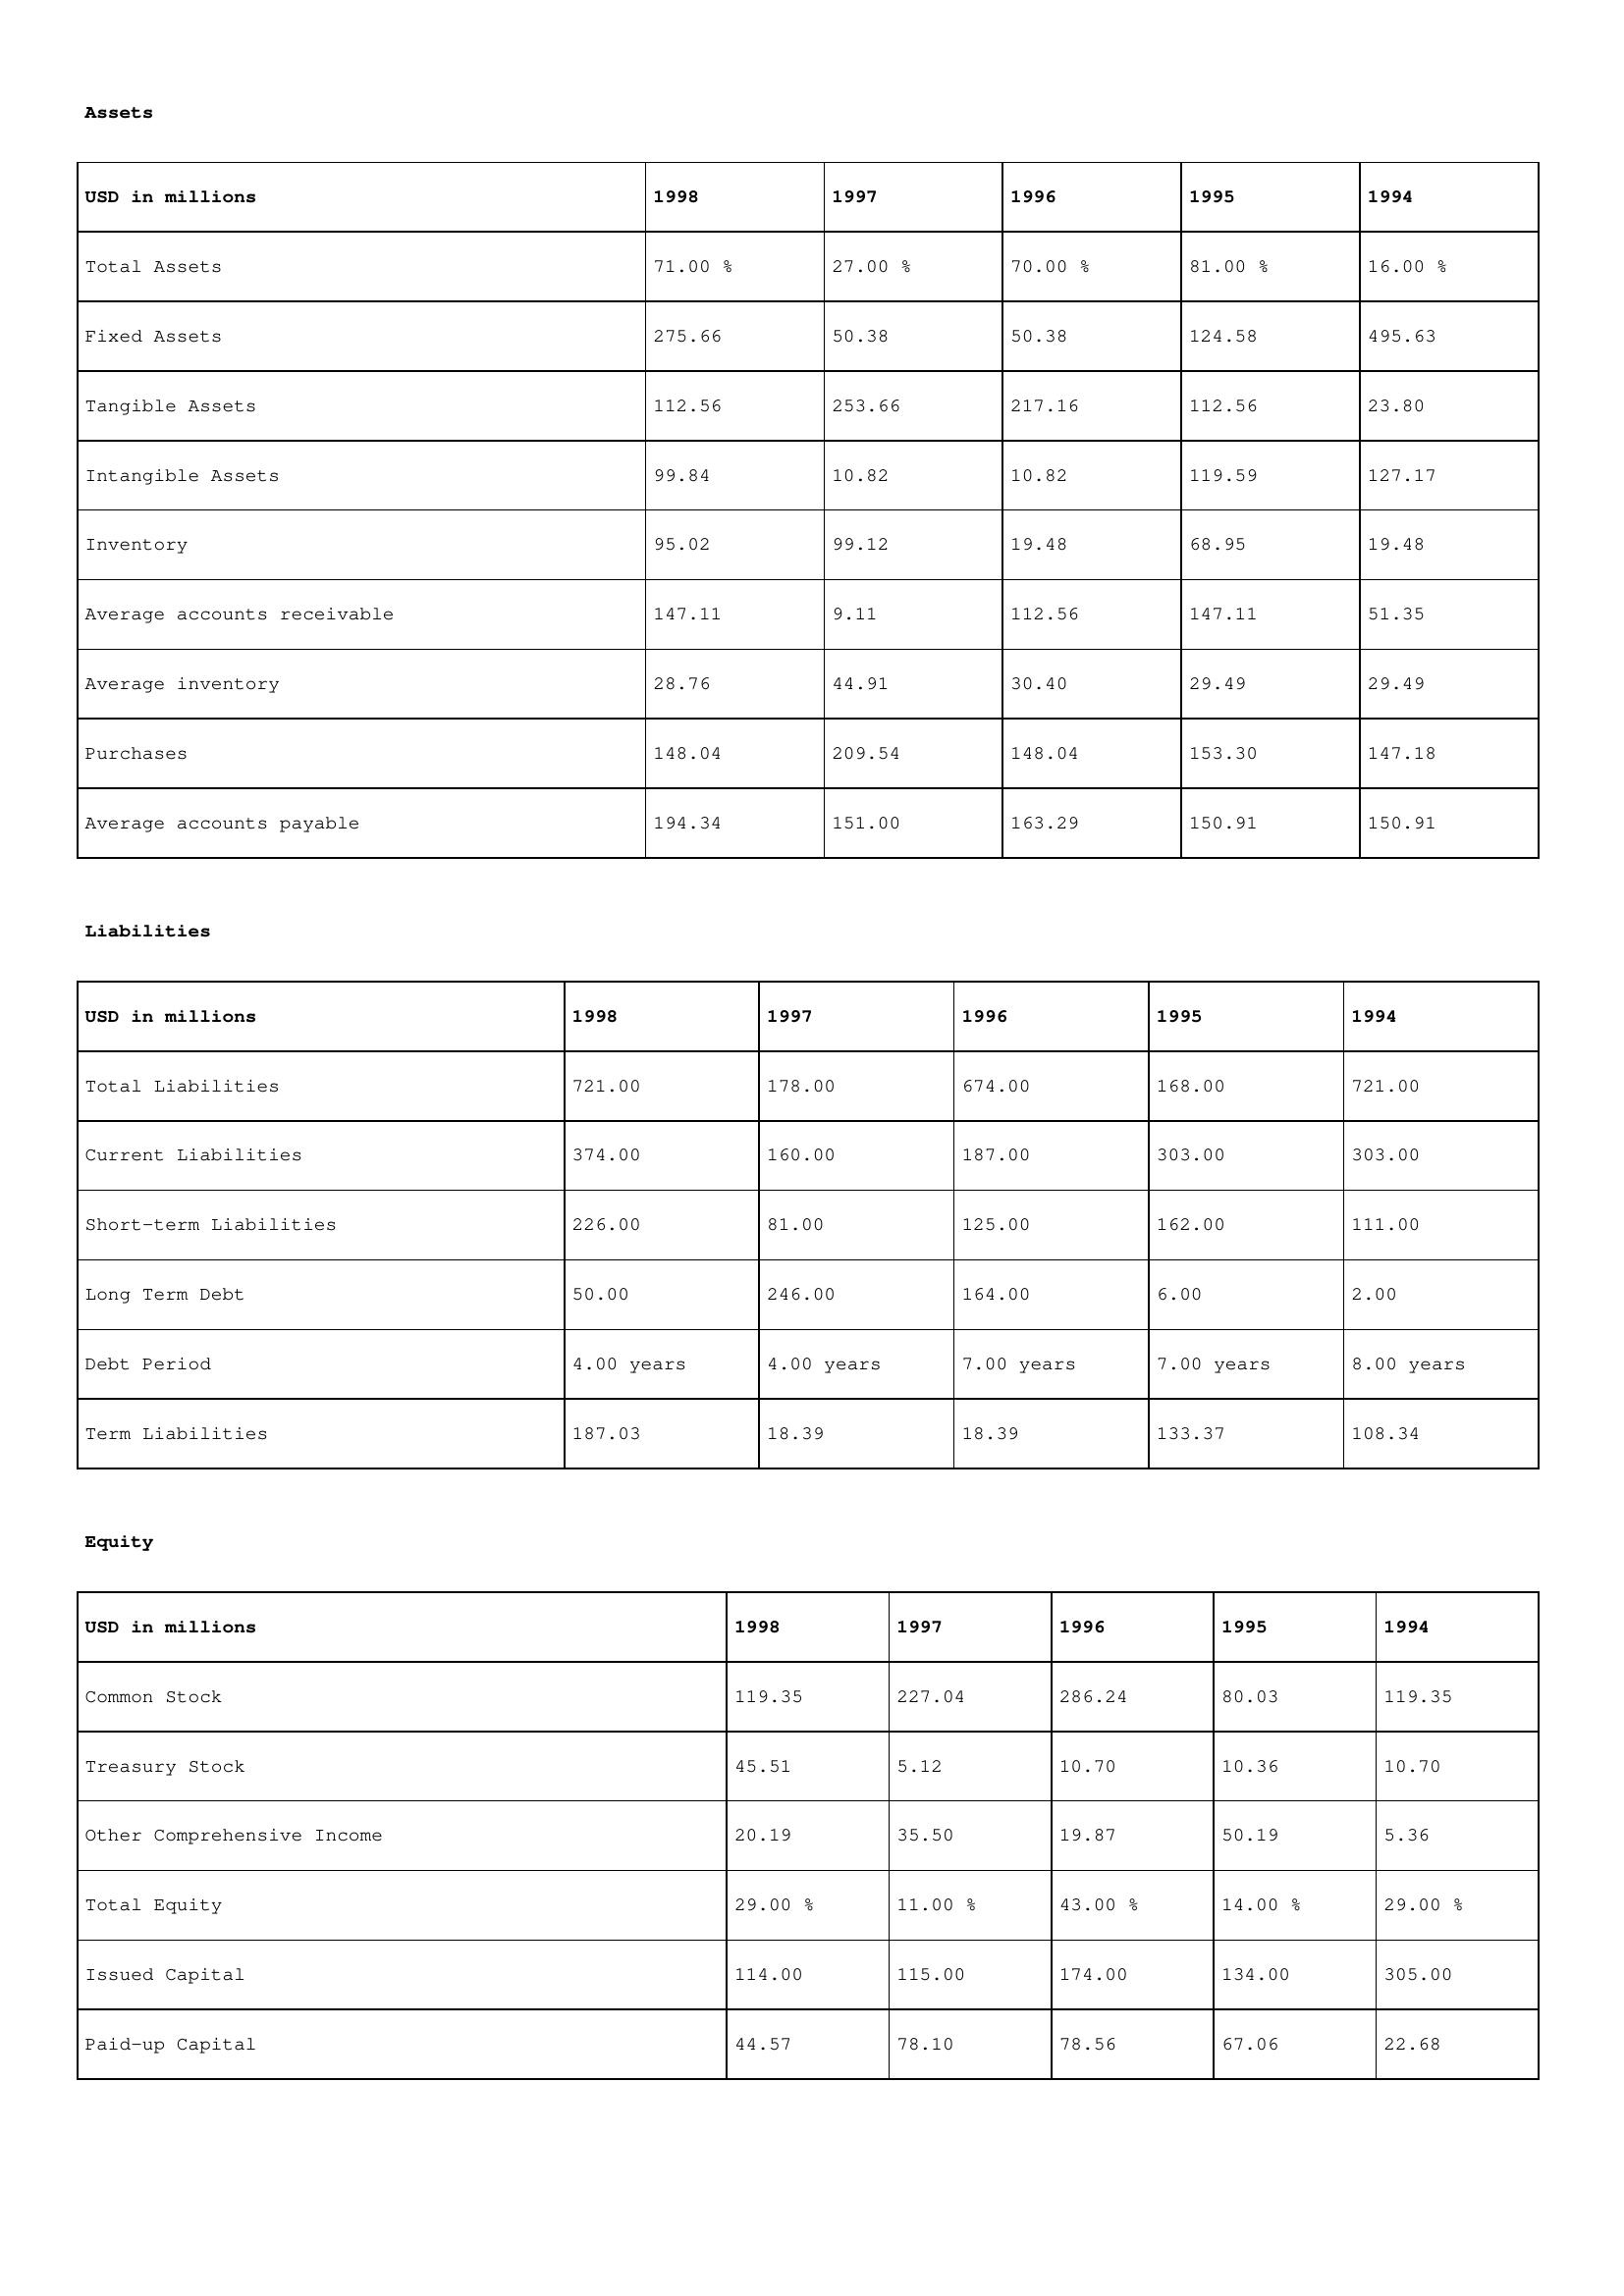
gt_parse: 1998: Assets: Total Assets: 71.00 %
Fixed Assets: 275.66
Tangible Assets: 112.56
Intangible Assets: 99.84
Inventory: 95.02
Average accounts receivable: 147.11
Average inventory: 28.76
Purchases: 148.04
Average accounts payable: 194.34
Liabilities: Total Liabilities: 721.00
Current Liabilities: 374.00
Short-term Liabilities: 226.00
Long Term Debt: 50.00
Debt Period: 4.00 years
Term Liabilities: 187.03
Equity: Common Stock: 119.35
Treasury Stock: 45.51
Other Comprehensive Income: 20.19
Total Equity: 29.00 %
Issued Capital: 114.00
Paid-up Capital: 44.57
1997: Assets: Total Assets: 27.00 %
Fixed Assets: 50.38
Tangible Assets: 253.66
Intangible Assets: 10.82
Inventory: 99.12
Average accounts receivable: 9.11
Average inventory: 44.91
Purchases: 209.54
Average accounts payable: 151.00
Liabilities: Total Liabilities: 178.00
Current Liabilities: 160.00
Short-term Liabilities: 81.00
Long Term Debt: 246.00
Debt Period: 4.00 years
Term Liabilities: 18.39
Equity: Common Stock: 227.04
Treasury Stock: 5.12
Other Comprehensive Income: 35.50
Total Equity: 11.00 %
Issued Capital: 115.00
Paid-up Capital: 78.10
1996: Assets: Total Assets: 70.00 %
Fixed Assets: 50.38
Tangible Assets: 217.16
Intangible Assets: 10.82
Inventory: 19.48
Average accounts receivable: 112.56
Average inventory: 30.40
Purchases: 148.04
Average accounts payable: 163.29
Liabilities: Total Liabilities: 674.00
Current Liabilities: 187.00
Short-term Liabilities: 125.00
Long Term Debt: 164.00
Debt Period: 7.00 years
Term Liabilities: 18.39
Equity: Common Stock: 286.24
Treasury Stock: 10.70
Other Comprehensive Income: 19.87
Total Equity: 43.00 %
Issued Capital: 174.00
Paid-up Capital: 78.56
1995: Assets: Total Assets: 81.00 %
Fixed Assets: 124.58
Tangible Assets: 112.56
Intangible Assets: 119.59
Inventory: 68.95
Average accounts receivable: 147.11
Average inventory: 29.49
Purchases: 153.30
Average accounts payable: 150.91
Liabilities: Total Liabilities: 168.00
Current Liabilities: 303.00
Short-term Liabilities: 162.00
Long Term Debt: 6.00
Debt Period: 7.00 years
Term Liabilities: 133.37
Equity: Common Stock: 80.03
Treasury Stock: 10.36
Other Comprehensive Income: 50.19
Total Equity: 14.00 %
Issued Capital: 134.00
Paid-up Capital: 67.06
1994: Assets: Total Assets: 16.00 %
Fixed Assets: 495.63
Tangible Assets: 23.80
Intangible Assets: 127.17
Inventory: 19.48
Average accounts receivable: 51.35
Average inventory: 29.49
Purchases: 147.18
Average accounts payable: 150.91
Liabilities: Total Liabilities: 721.00
Current Liabilities: 303.00
Short-term Liabilities: 111.00
Long Term Debt: 2.00
Debt Period: 8.00 years
Term Liabilities: 108.34
Equity: Common Stock: 119.35
Treasury Stock: 10.70
Other Comprehensive Income: 5.36
Total Equity: 29.00 %
Issued Capital: 305.00
Paid-up Capital: 22.68